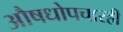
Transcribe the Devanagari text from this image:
औषधोपचारही